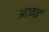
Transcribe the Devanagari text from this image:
अटकाई